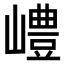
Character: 𡽍